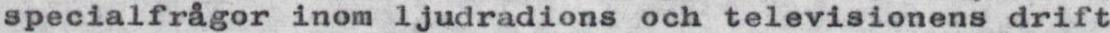
specialfrågor inom ljudradions och televisionens drift